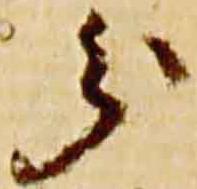
分